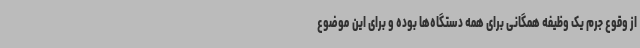
از وقوع جرم یک وظیفه همگانی برای همه دستگاه‌ها بوده و برای این موضوع